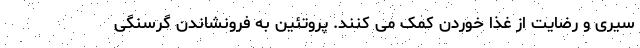
سیری و رضایت از غذا خوردن کمک می کنند. پروتئین به فرونشاندن گرسنگی